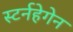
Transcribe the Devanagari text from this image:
स्टर्नहेगेन